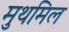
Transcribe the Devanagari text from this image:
मुथमिल